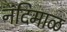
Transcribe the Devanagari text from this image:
नंदिमाळ